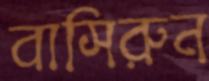
বাসিরুন